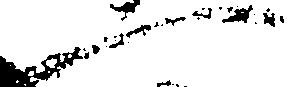
一